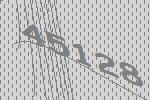
45128